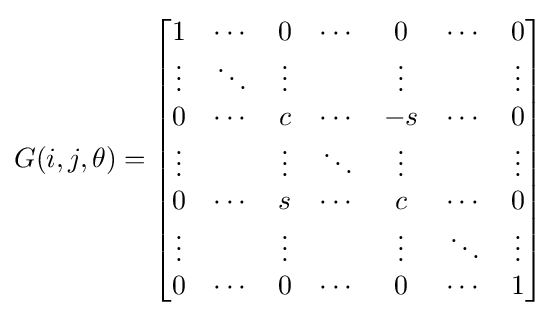
G(i,j,\theta )={\begin{bmatrix}1&\cdots &0&\cdots &0&\cdots &0\\\vdots &\ddots &\vdots &&\vdots &&\vdots \\0&\cdots &c&\cdots &-s&\cdots &0\\\vdots &&\vdots &\ddots &\vdots &&\vdots \\0&\cdots &s&\cdots &c&\cdots &0\\\vdots &&\vdots &&\vdots &\ddots &\vdots \\0&\cdots &0&\cdots &0&\cdots &1\end{bmatrix}}